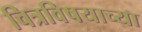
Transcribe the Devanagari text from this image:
चित्रविषयाच्या